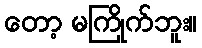
တော့ မကြိုက်ဘူး။